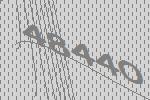
48440